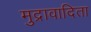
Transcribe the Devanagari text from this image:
मुद्रावादिता